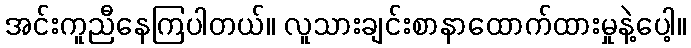
အင်းကူညီနေကြပါတယ်။ လူသားချင်းစာနာထောက်ထားမှုနဲ့ပေါ့။